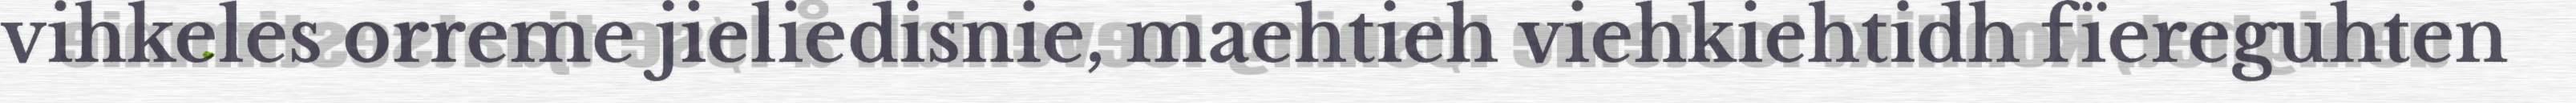
vihkeles orreme jieliedisnie, maehtieh viehkiehtidh fïereguhten